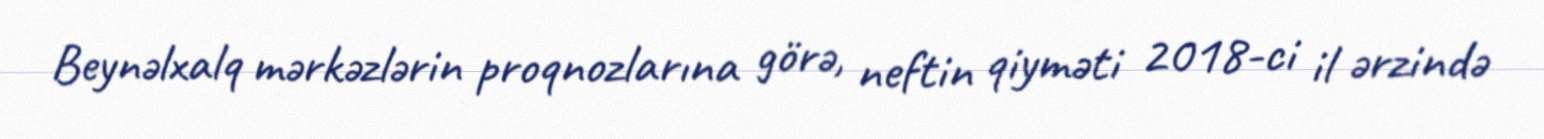
Beynəlxalq mərkəzlərin proqnozlarına görə, neftin qiyməti 2018-ci il ərzində